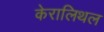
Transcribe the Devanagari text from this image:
केरालिथल